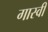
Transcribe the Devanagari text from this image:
गास्वी